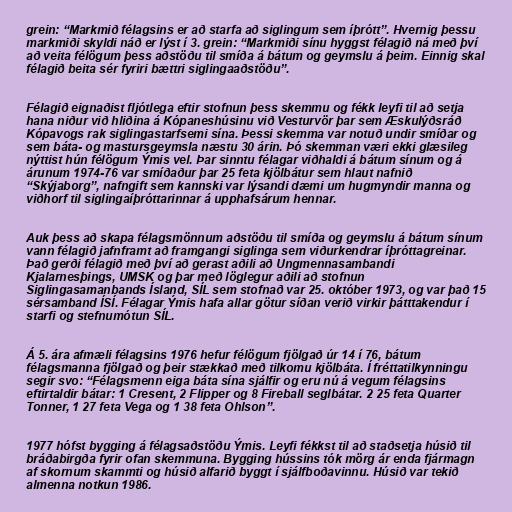
grein: “Markmið félagsins er að starfa að siglingum sem íþrótt”. Hvernig þessu
markmiði skyldi náð er lýst í 3. grein: “Markmiði sínu hyggst félagið ná með því
að veita félögum þess aðstöðu til smíða á bátum og geymslu á þeim. Einnig skal
félagið beita sér fyriri bættri siglingaaðstöðu”.

Félagið eignaðist fljótlega eftir stofnun þess skemmu og fékk leyfi til að setja
hana niður við hliðina á Kópaneshúsinu við Vesturvör þar sem Æskulýðsráð
Kópavogs rak siglingastarfsemi sína. Þessi skemma var notuð undir smíðar og
sem báta- og mastursgeymsla næstu 30 árin. Þó skemman væri ekki glæsileg
nýttist hún félögum Ýmis vel. Þar sinntu félagar viðhaldi á bátum sínum og á
árunum 1974-76 var smíðaður þar 25 feta kjölbátur sem hlaut nafnið
“Skýjaborg”, nafngift sem kannski var lýsandi dæmi um hugmyndir manna og
viðhorf til siglingaíþróttarinnar á upphafsárum hennar.

Auk þess að skapa félagsmönnum aðstöðu til smíða og geymslu á bátum sínum
vann félagið jafnframt að framgangi siglinga sem viðurkendrar íþróttagreinar.
Það gerði félagið með því að gerast aðili að Ungmennasambandi
Kjalarnesþings, UMSK og þar með löglegur aðili að stofnun
Siglingasamanbands Ísland, SÍL sem stofnað var 25. október 1973, og var það 15
sérsamband ÍSÍ. Félagar Ýmis hafa allar götur síðan verið virkir þátttakendur í
starfi og stefnumótun SÍL.

Á 5. ára afmæli félagsins 1976 hefur félögum fjölgað úr 14 í 76, bátum
félagsmanna fjölgað og þeir stækkað með tilkomu kjölbáta. Í fréttatilkynningu
segir svo: “Félagsmenn eiga báta sína sjálfir og eru nú á vegum félagsins
eftirtaldir bátar: 1 Cresent, 2 Flipper og 8 Fireball seglbátar. 2 25 feta Quarter
Tonner, 1 27 feta Vega og 1 38 feta Ohlson”.

1977 hófst bygging á félagsaðstöðu Ýmis. Leyfi fékkst til að staðsetja húsið til
bráðabirgða fyrir ofan skemmuna. Bygging hússins tók mörg ár enda fjármagn
af skornum skammti og húsið alfarið byggt í sjálfboðavinnu. Húsið var tekið
almenna notkun 1986.